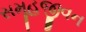
સમૂહજીવન